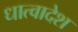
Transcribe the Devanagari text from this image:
धात्वादेश